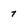
Character: 7